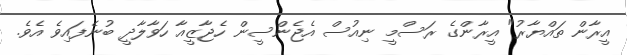
އީރާން ތައްޔާރު" އީރާންގެ ރަސްމީ ނިއުސް އެޖެންސީން ހެޖާޒީއާ ހަވާލާދީ ބުނެފައިވެ އެވެ.